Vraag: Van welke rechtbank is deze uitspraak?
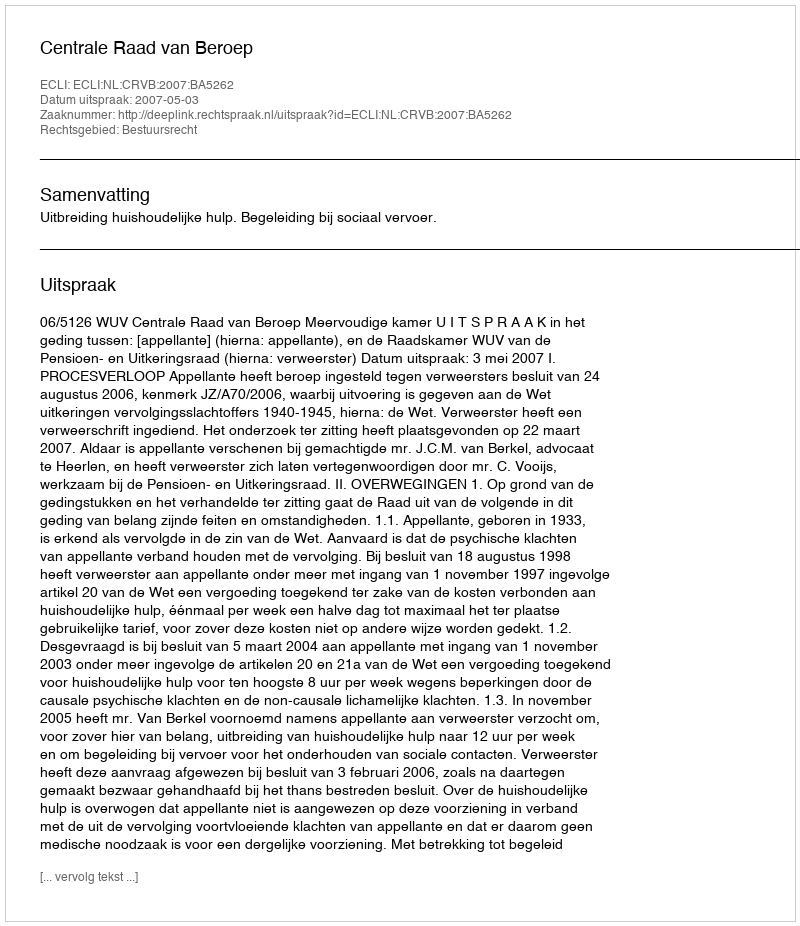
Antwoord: Centrale Raad van Beroep